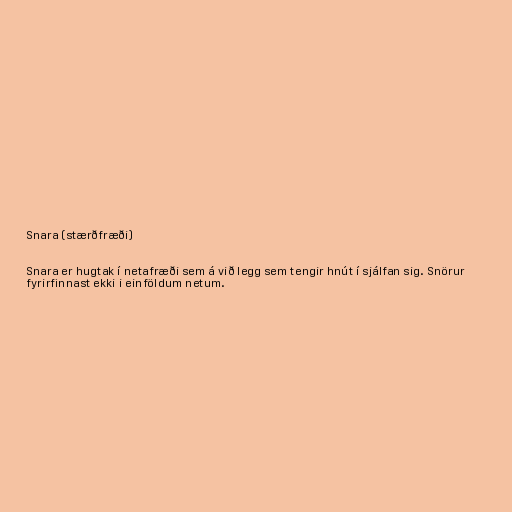
Snara (stærðfræði)

Snara er hugtak í netafræði sem á við legg sem tengir hnút í sjálfan sig. Snörur
fyrirfinnast ekki i einföldum netum.